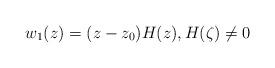
LaTeX: \begin{align*}w_1(z)=(z-z_0)H(z),H(\zeta)\neq 0\end{align*}